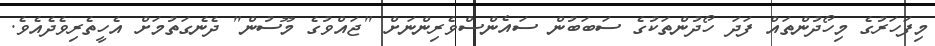
މިފަހަރުގެ މިހޯދުންތައް ފަދަ ހޯދުންތަކުގެ ސަބަބުން ސައެންސްވެރިންނަށް "ޖައްވުގެ މޫސުން" ދެނެގަތުމަށް އެހީތެރިވެދެއެވެ.